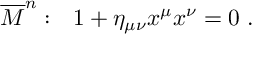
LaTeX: \overline { { { M } } } ^ { n } : ~ ~ 1 + \eta _ { \mu \nu } x ^ { \mu } x ^ { \nu } = 0 ~ .